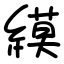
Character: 縸